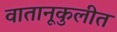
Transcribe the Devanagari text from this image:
वातानूकुलीत